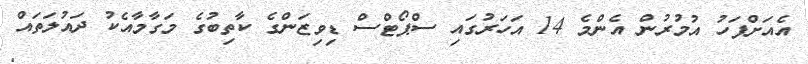
އެއަށްފަހު އުމުރުން އެންމެ 14 އަހަރުގައި ސްޕޯޓްސް ޑިވިޒަންގެ ކާތިބުގެ މަގާމާއެކު ދައުލަތައް